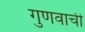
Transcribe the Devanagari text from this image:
गुणवाची